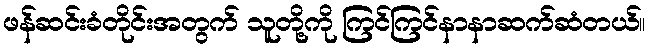
ဖန်ဆင်းခံတိုင်းအတွက် သူတို့ကို ကြင်ကြင်နာနာဆက်ဆံတယ်။